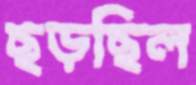
ছড়ছিল